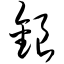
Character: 银